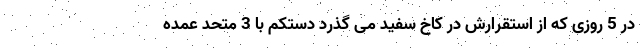
در 5 روزی که از استقرارش در کاخ سفید می گذرد دستکم با 3 متحد عمده